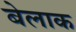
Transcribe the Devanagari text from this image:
बेलाक